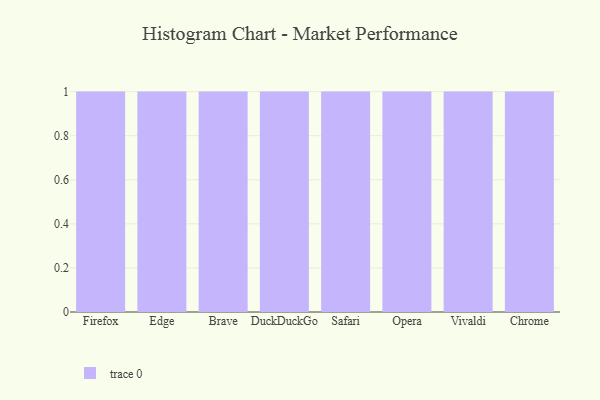
{"axis": {"x": "Browser", "y": "Humidity (%)"}, "legend": [""], "data": [{"x": "Firefox", "y": 90, "type": ""}, {"x": "Edge", "y": 74, "type": ""}, {"x": "Brave", "y": 86, "type": ""}, {"x": "DuckDuckGo", "y": 69, "type": ""}, {"x": "Safari", "y": 60, "type": ""}, {"x": "Opera", "y": 72, "type": ""}, {"x": "Vivaldi", "y": 39, "type": ""}, {"x": "Chrome", "y": 44, "type": ""}]}